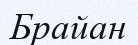
Брайан